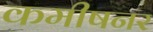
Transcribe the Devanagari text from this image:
कमीषनर